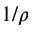
1 / \rho